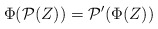
\begin{align*}\Phi( \mathcal{P}(Z)) = \mathcal{P}'(\Phi(Z))\end{align*}